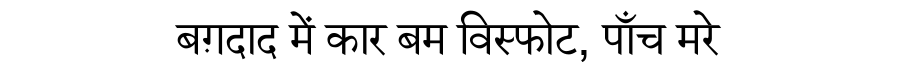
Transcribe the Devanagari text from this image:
बग़दाद में कार बम विस्फोट, पाँच मरे